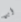
أين